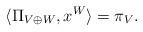
LaTeX: \begin{align*}\langle \Pi_{V \oplus W} , x^W \rangle = \pi_V.\end{align*}